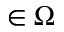
\r \in \Omega